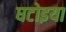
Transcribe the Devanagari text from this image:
घटोइया